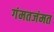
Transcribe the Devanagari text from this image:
गंमतजंमत